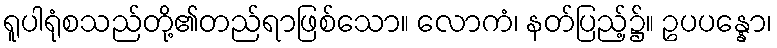
ရူပါရုံစသည်တို့၏တည်ရာဖြစ်သော။ လောကံ၊ နတ်ပြည့်၌။ ဥပပန္နော၊